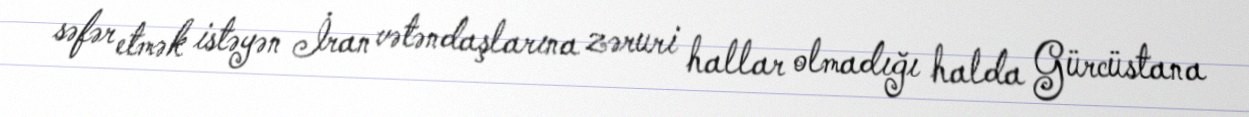
səfər etmək istəyən İran vətəndaşlarına zəruri hallar olmadığı halda Gürcüstana